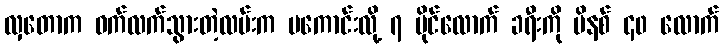
လှတောက ဝက်လက်သွားတဲ့လမ်းက မကောင်းလို့ ၇ မိုင်လောက် ခရီးကို မိနစ် ၄၀ လောက်